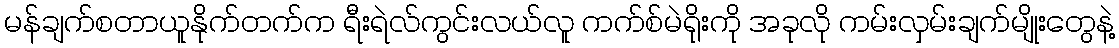
မန်ချက်စတာယူနိုက်တက်က ရီးရဲလ်ကွင်းလယ်လူ ကက်စ်မဲရိုးကို အခုလို ကမ်းလှမ်းချက်မျိုးတွေနဲ့